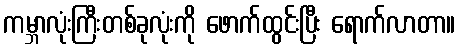
ကမ္ဘာလုံးကြီးတစ်ခုလုံးကို ဖောက်ထွင်းပြီး ရောက်လာတာ။